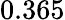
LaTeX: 0.365